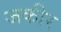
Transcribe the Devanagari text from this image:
जकीर